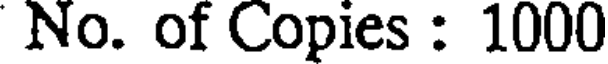
No. of Copies : 1000